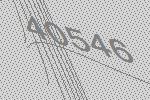
40546